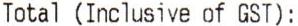
TOTAL (INCLUSIVE OF GST) :